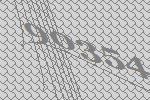
90354